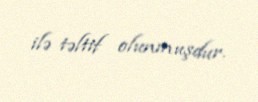
ilə təltif olunmuşdur.